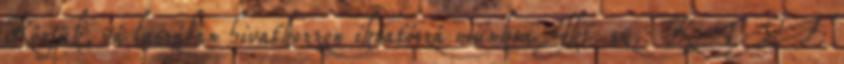
Kérjük, vá laszában hivatkozzon iktatószá munkra Ikt. sz.: KTVF: